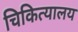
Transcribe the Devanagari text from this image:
चिकित्यालय